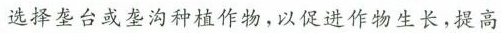
选择垄台或垄沟种植作物，以促进作物生长，提高